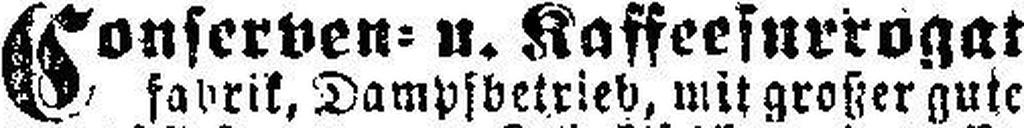
Conserven= u. Kaffeesurrogat¬